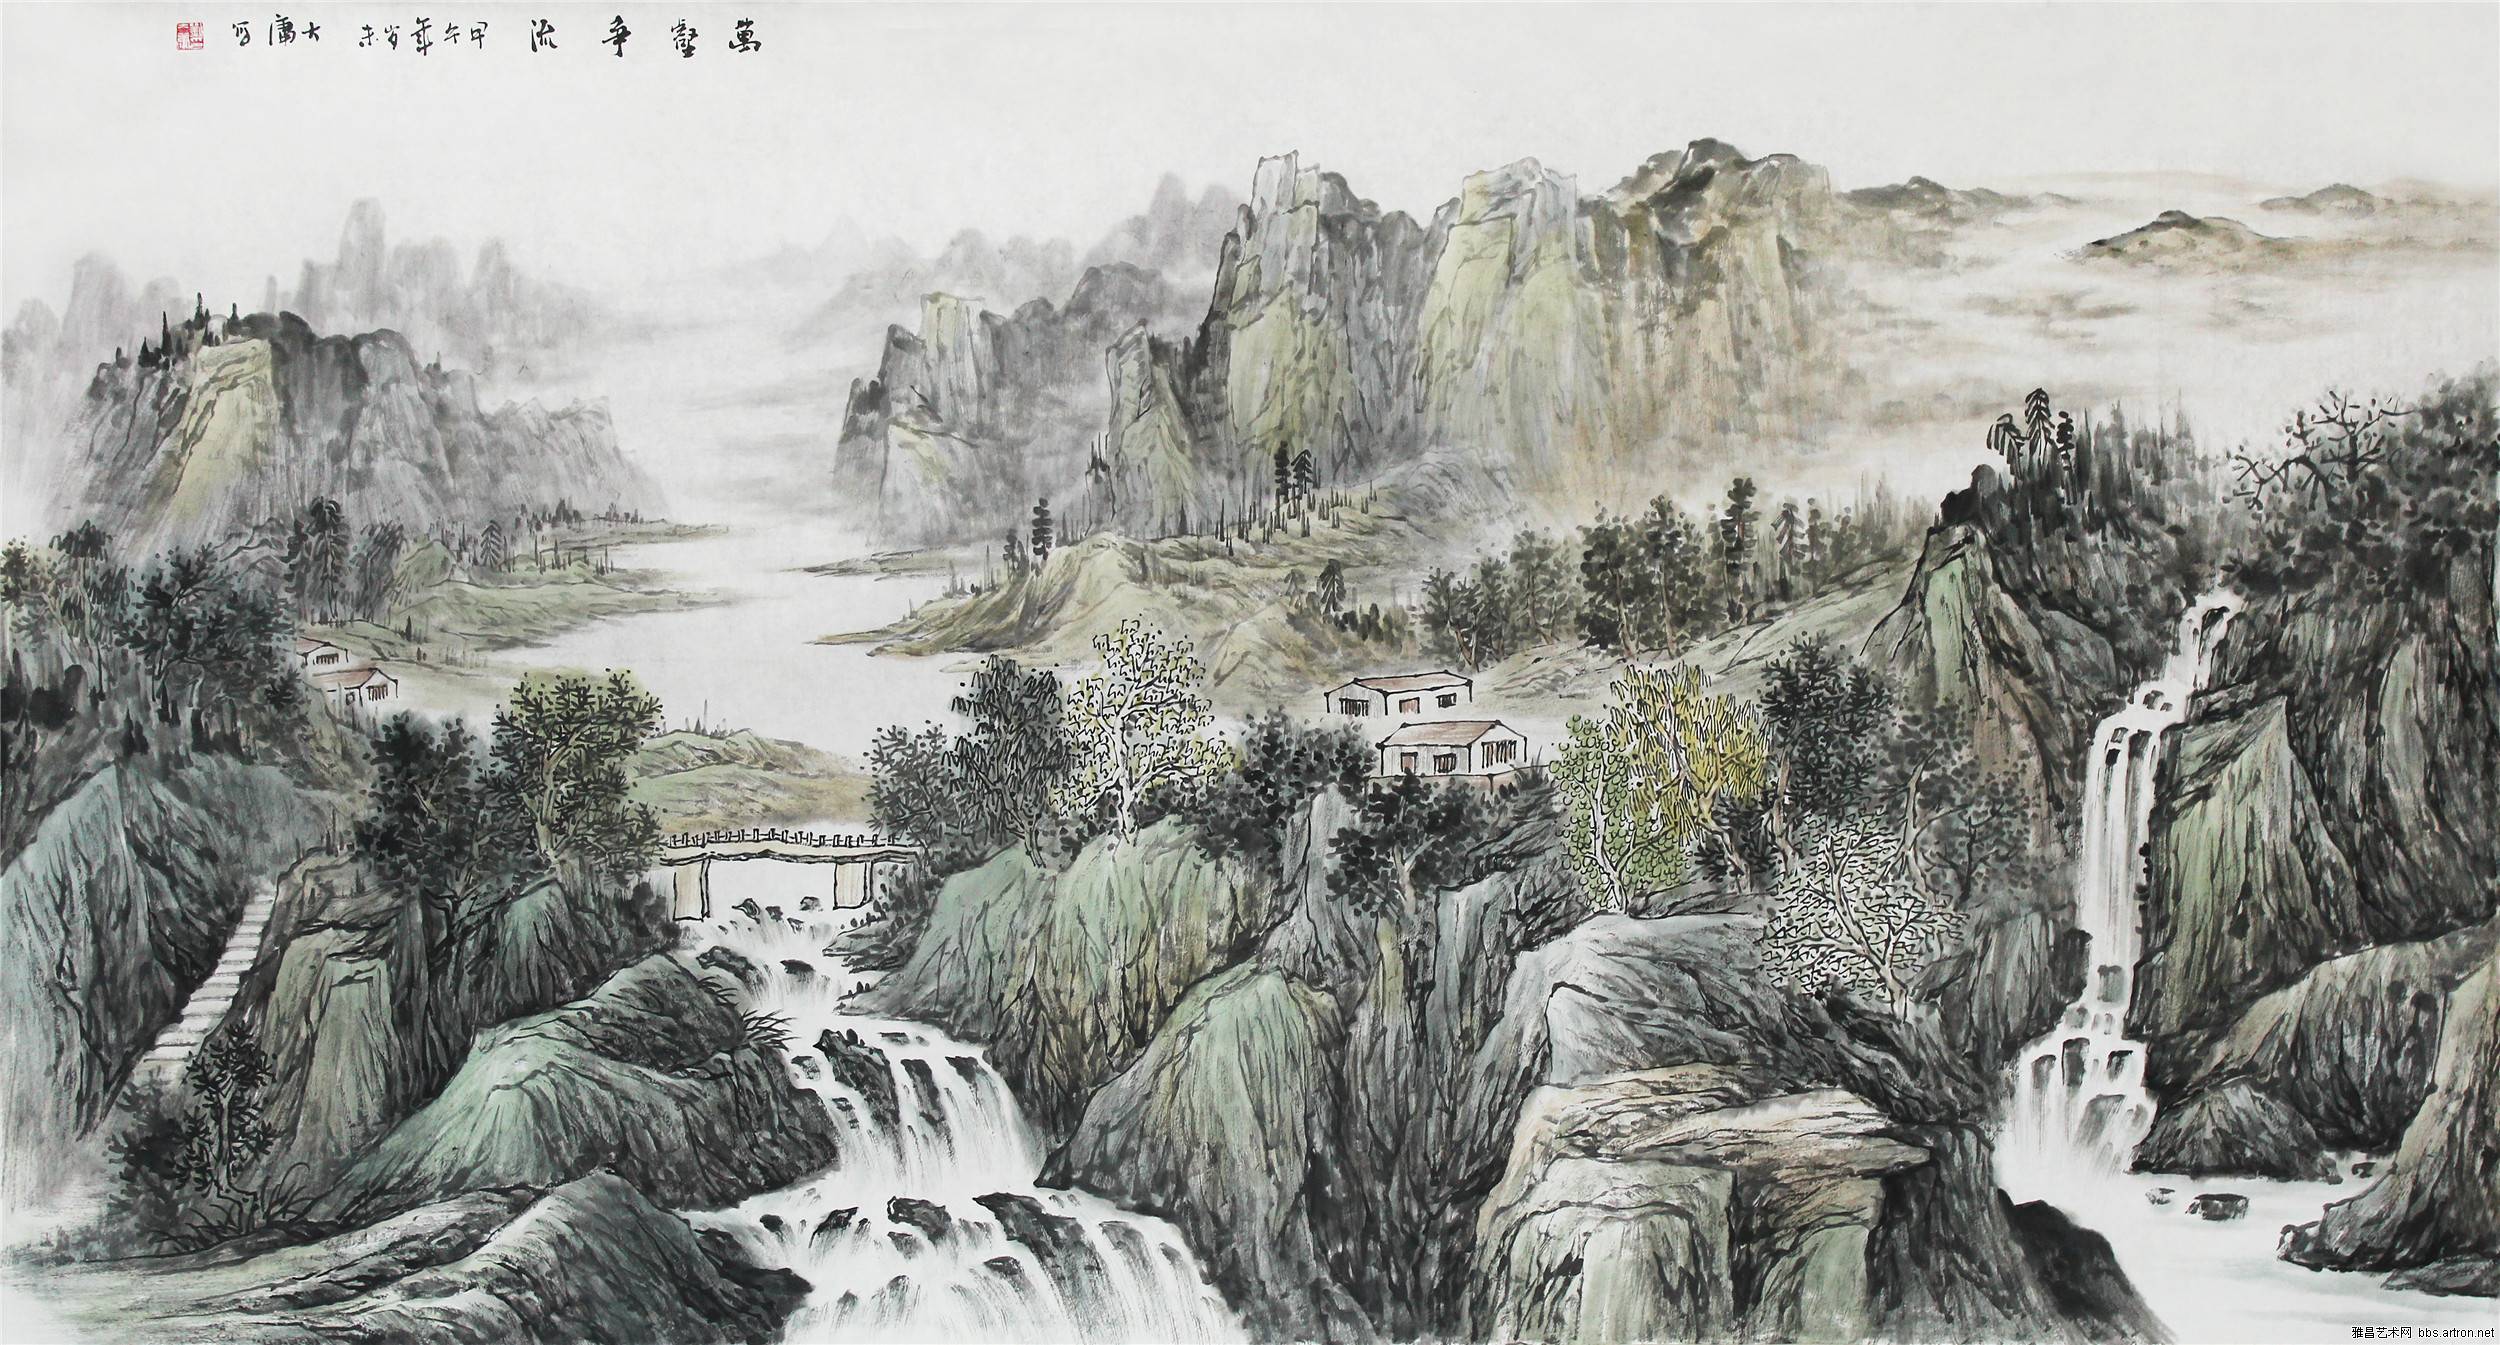
岱宗夫如何？齐鲁青未了。